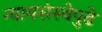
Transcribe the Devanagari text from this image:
न्यायसंस्थेपुढे